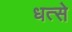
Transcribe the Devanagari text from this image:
धत्से